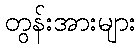
တွန်းအားများ